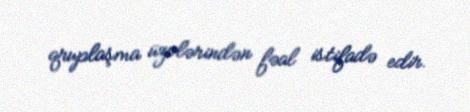
qruplaşma üzvlərindən fəal istifadə edir.